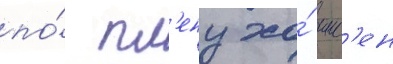
по́ пл'ену хо́ инс'ен